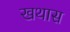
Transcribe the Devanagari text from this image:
खथास